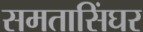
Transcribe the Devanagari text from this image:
समतासिंघर